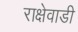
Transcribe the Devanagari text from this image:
राक्षेवाडी